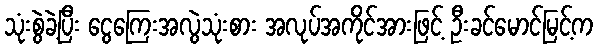
သုံးစွဲခဲ့ပြီး ငွေကြေးအလွဲသုံးစား အလုပ်အကိုင်အားဖြင့် ဦးခင်မောင်မြင့်က